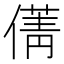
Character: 𠎐